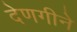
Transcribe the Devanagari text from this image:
देणगीने